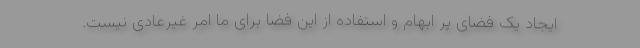
ایجاد یک فضای پر ابهام و استفاده از این فضا برای ما امر غیرعادی نیست.